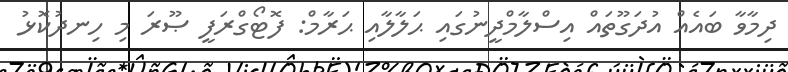
ދިމާވާ ބައެއް އުދަގޫތައް އިސްލާމްދީނުގައި ޙަލާލާއި ޙަރާމް: ފޮޓޯގްރަފީ ޞޫރަ މި ހިނދުކޮޅު